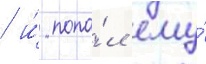
/ и́ попа́л ему́